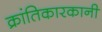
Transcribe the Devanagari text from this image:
क्रांतिकारकानी